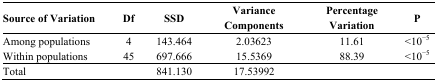
<table><thead><tr><td><b>Source of Variation</b></td><td><b>Df</b></td><td><b>SSD</b></td><td><b>Variance Components</b></td><td><b>Percentage Variation</b></td><td><b>P</b></td></tr></thead><tbody><tr><td>Among populations</td><td>4</td><td>143.464</td><td>2.03623</td><td>11.61</td><td>&lt;10<sup>−5</sup></td></tr><tr><td>Within populations</td><td>45</td><td>697.666</td><td>15.5369</td><td>88.39</td><td>&lt;10<sup>−5</sup></td></tr><tr><td>Total</td><td></td><td>841.130</td><td>17.53992</td><td></td><td></td></tr></tbody></table>